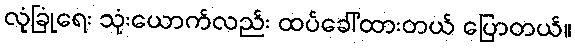
လုံခြုံရေး သုံးယောက်လည်း ထပ်ခေါ်ထားတယ် ပြောတယ်။